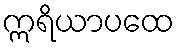
ဣရိယာပထေ